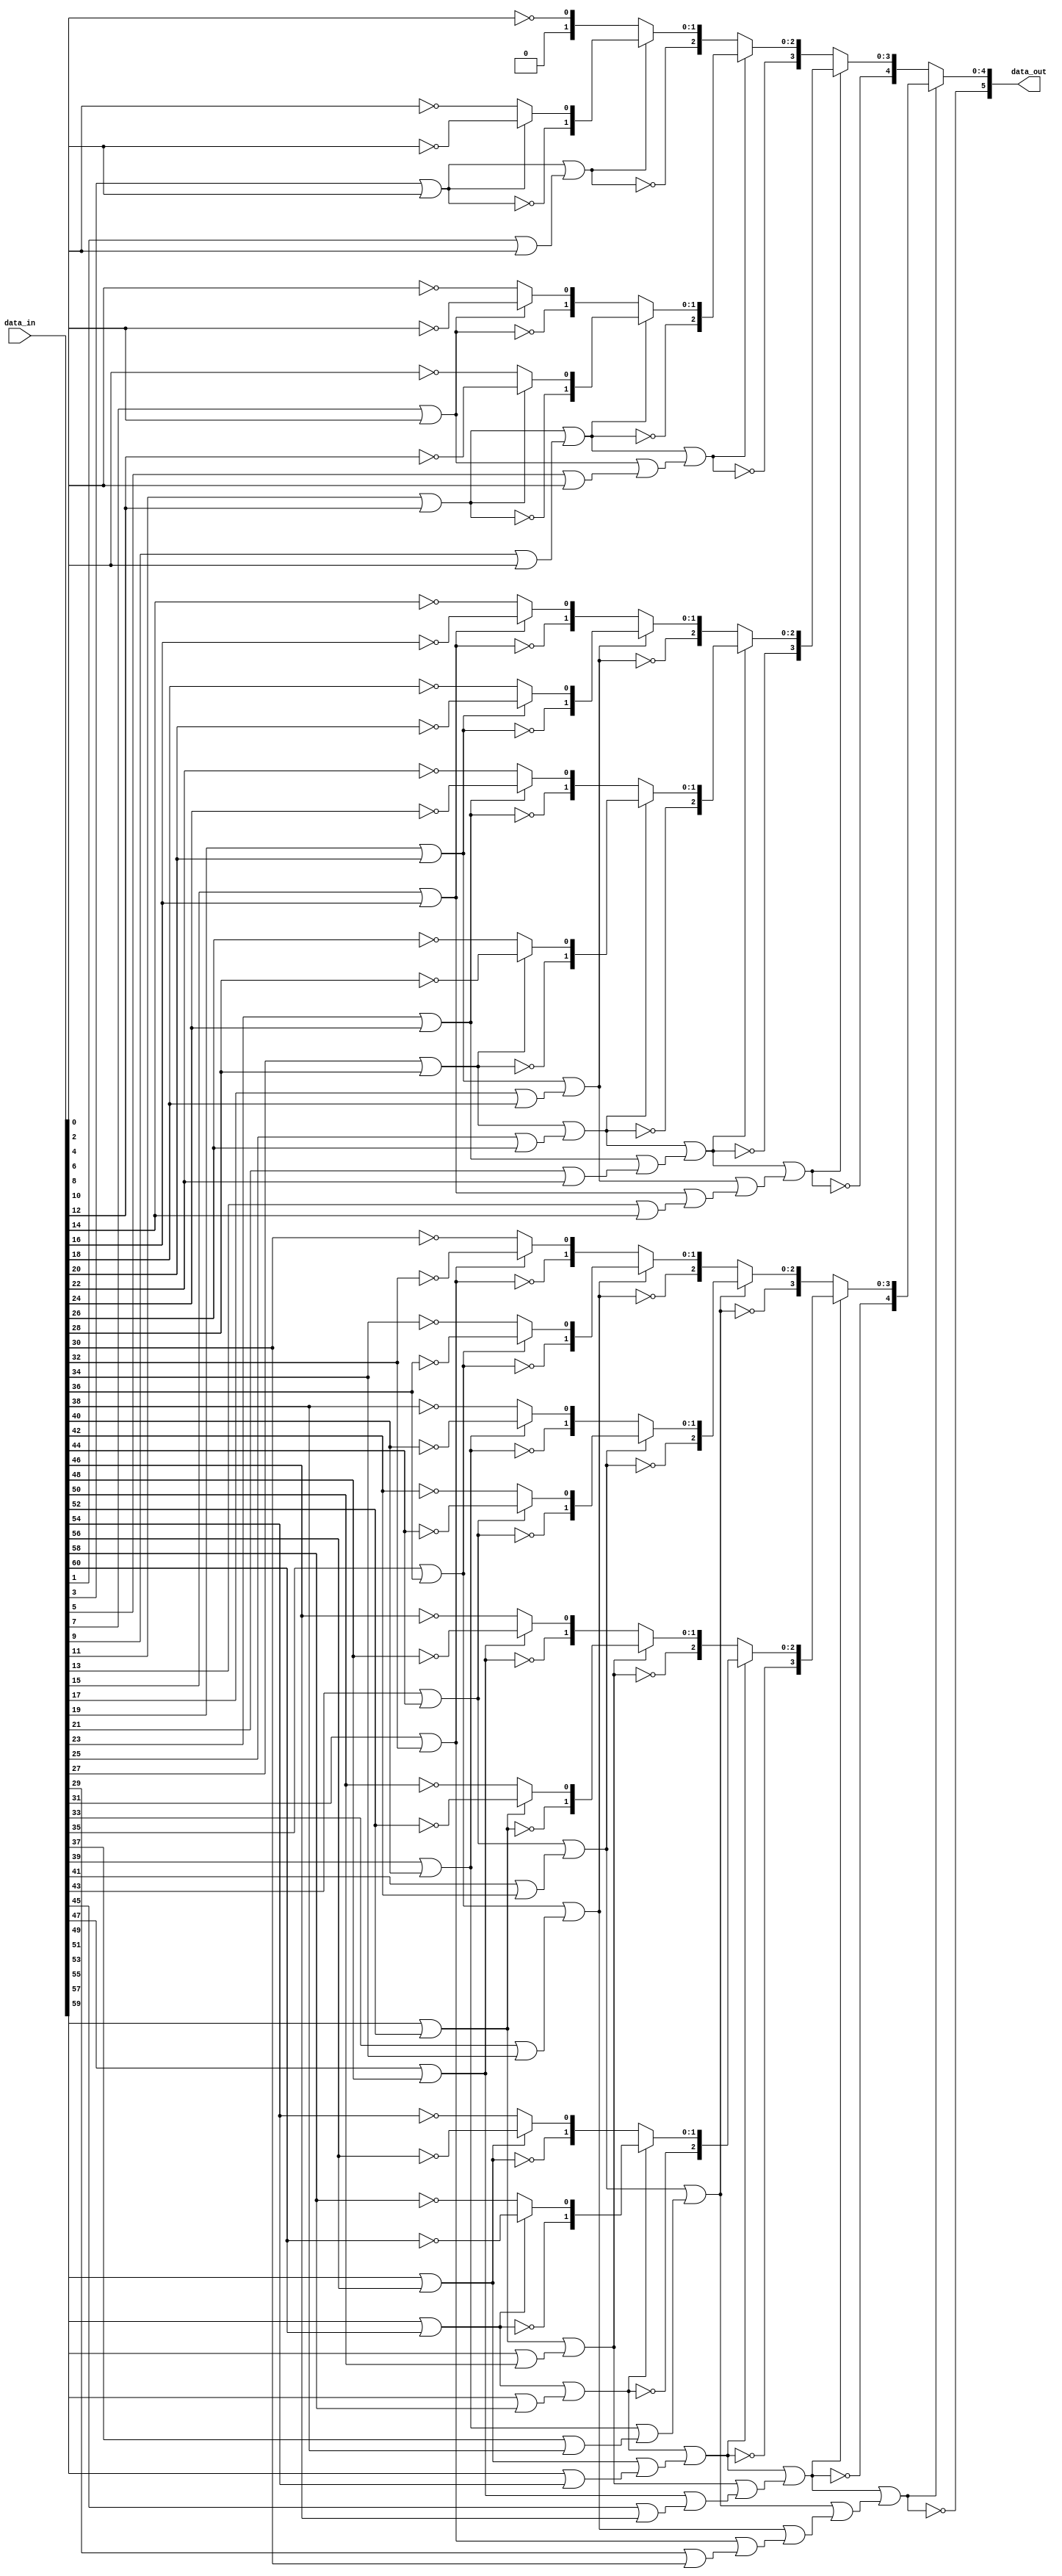

module gng_lzd (
    // Data interface
    input [60:0] data_in,        // input data
    output [5:0] data_out        // output number of leading zeros
);

// Local variables
wire [63:0] d;
wire p1 [31:0];
wire [31:0] v1;
wire [1:0] p2 [15:0];
wire [15:0] v2;
wire [2:0] p3 [7:0];
wire [7:0] v3;
wire [3:0] p4 [3:0];
wire [3:0] v4;
wire [4:0] p5 [1:0];
wire [1:0] v5;
wire [5:0] p6;


// Parallel structure
assign d = {data_in, 3'b111};    // fill last 3 bits with '1'

assign p1[0 ] = ~d[1 ];
assign p1[1 ] = ~d[3 ];
assign p1[2 ] = ~d[5 ];
assign p1[3 ] = ~d[7 ];
assign p1[4 ] = ~d[9 ];
assign p1[5 ] = ~d[11];
assign p1[6 ] = ~d[13];
assign p1[7 ] = ~d[15];
assign p1[8 ] = ~d[17];
assign p1[9 ] = ~d[19];
assign p1[10] = ~d[21];
assign p1[11] = ~d[23];
assign p1[12] = ~d[25];
assign p1[13] = ~d[27];
assign p1[14] = ~d[29];
assign p1[15] = ~d[31];
assign p1[16] = ~d[33];
assign p1[17] = ~d[35];
assign p1[18] = ~d[37];
assign p1[19] = ~d[39];
assign p1[20] = ~d[41];
assign p1[21] = ~d[43];
assign p1[22] = ~d[45];
assign p1[23] = ~d[47];
assign p1[24] = ~d[49];
assign p1[25] = ~d[51];
assign p1[26] = ~d[53];
assign p1[27] = ~d[55];
assign p1[28] = ~d[57];
assign p1[29] = ~d[59];
assign p1[30] = ~d[61];
assign p1[31] = ~d[63];
assign v1[0 ] = d[0 ] | d[1 ];
assign v1[1 ] = d[2 ] | d[3 ];
assign v1[2 ] = d[4 ] | d[5 ];
assign v1[3 ] = d[6 ] | d[7 ];
assign v1[4 ] = d[8 ] | d[9 ];
assign v1[5 ] = d[10] | d[11];
assign v1[6 ] = d[12] | d[13];
assign v1[7 ] = d[14] | d[15];
assign v1[8 ] = d[16] | d[17];
assign v1[9 ] = d[18] | d[19];
assign v1[10] = d[20] | d[21];
assign v1[11] = d[22] | d[23];
assign v1[12] = d[24] | d[25];
assign v1[13] = d[26] | d[27];
assign v1[14] = d[28] | d[29];
assign v1[15] = d[30] | d[31];
assign v1[16] = d[32] | d[33];
assign v1[17] = d[34] | d[35];
assign v1[18] = d[36] | d[37];
assign v1[19] = d[38] | d[39];
assign v1[20] = d[40] | d[41];
assign v1[21] = d[42] | d[43];
assign v1[22] = d[44] | d[45];
assign v1[23] = d[46] | d[47];
assign v1[24] = d[48] | d[49];
assign v1[25] = d[50] | d[51];
assign v1[26] = d[52] | d[53];
assign v1[27] = d[54] | d[55];
assign v1[28] = d[56] | d[57];
assign v1[29] = d[58] | d[59];
assign v1[30] = d[60] | d[61];
assign v1[31] = d[62] | d[63];

assign p2[0 ] = {~v1[1 ], (v1[1 ] ? p1[1 ] : p1[0 ])};
assign p2[1 ] = {~v1[3 ], (v1[3 ] ? p1[3 ] : p1[2 ])};
assign p2[2 ] = {~v1[5 ], (v1[5 ] ? p1[5 ] : p1[4 ])};
assign p2[3 ] = {~v1[7 ], (v1[7 ] ? p1[7 ] : p1[6 ])};
assign p2[4 ] = {~v1[9 ], (v1[9 ] ? p1[9 ] : p1[8 ])};
assign p2[5 ] = {~v1[11], (v1[11] ? p1[11] : p1[10])};
assign p2[6 ] = {~v1[13], (v1[13] ? p1[13] : p1[12])};
assign p2[7 ] = {~v1[15], (v1[15] ? p1[15] : p1[14])};
assign p2[8 ] = {~v1[17], (v1[17] ? p1[17] : p1[16])};
assign p2[9 ] = {~v1[19], (v1[19] ? p1[19] : p1[18])};
assign p2[10] = {~v1[21], (v1[21] ? p1[21] : p1[20])};
assign p2[11] = {~v1[23], (v1[23] ? p1[23] : p1[22])};
assign p2[12] = {~v1[25], (v1[25] ? p1[25] : p1[24])};
assign p2[13] = {~v1[27], (v1[27] ? p1[27] : p1[26])};
assign p2[14] = {~v1[29], (v1[29] ? p1[29] : p1[28])};
assign p2[15] = {~v1[31], (v1[31] ? p1[31] : p1[30])};
assign v2[0 ] = v1[1 ] | v1[0 ];
assign v2[1 ] = v1[3 ] | v1[2 ];
assign v2[2 ] = v1[5 ] | v1[4 ];
assign v2[3 ] = v1[7 ] | v1[6 ];
assign v2[4 ] = v1[9 ] | v1[8 ];
assign v2[5 ] = v1[11] | v1[10];
assign v2[6 ] = v1[13] | v1[12];
assign v2[7 ] = v1[15] | v1[14];
assign v2[8 ] = v1[17] | v1[16];
assign v2[9 ] = v1[19] | v1[18];
assign v2[10] = v1[21] | v1[20];
assign v2[11] = v1[23] | v1[22];
assign v2[12] = v1[25] | v1[24];
assign v2[13] = v1[27] | v1[26];
assign v2[14] = v1[29] | v1[28];
assign v2[15] = v1[31] | v1[30];

assign p3[0] = {~v2[1 ], (v2[1 ] ? p2[1 ] : p2[0 ])};
assign p3[1] = {~v2[3 ], (v2[3 ] ? p2[3 ] : p2[2 ])};
assign p3[2] = {~v2[5 ], (v2[5 ] ? p2[5 ] : p2[4 ])};
assign p3[3] = {~v2[7 ], (v2[7 ] ? p2[7 ] : p2[6 ])};
assign p3[4] = {~v2[9 ], (v2[9 ] ? p2[9 ] : p2[8 ])};
assign p3[5] = {~v2[11], (v2[11] ? p2[11] : p2[10])};
assign p3[6] = {~v2[13], (v2[13] ? p2[13] : p2[12])};
assign p3[7] = {~v2[15], (v2[15] ? p2[15] : p2[14])};
assign v3[0] = v2[1 ] | v2[0 ];
assign v3[1] = v2[3 ] | v2[2 ];
assign v3[2] = v2[5 ] | v2[4 ];
assign v3[3] = v2[7 ] | v2[6 ];
assign v3[4] = v2[9 ] | v2[8 ];
assign v3[5] = v2[11] | v2[10];
assign v3[6] = v2[13] | v2[12];
assign v3[7] = v2[15] | v2[14];

assign p4[0] = {~v3[1], (v3[1] ? p3[1] : p3[0])};
assign p4[1] = {~v3[3], (v3[3] ? p3[3] : p3[2])};
assign p4[2] = {~v3[5], (v3[5] ? p3[5] : p3[4])};
assign p4[3] = {~v3[7], (v3[7] ? p3[7] : p3[6])};
assign v4[0] = v3[1] | v3[0];
assign v4[1] = v3[3] | v3[2];
assign v4[2] = v3[5] | v3[4];
assign v4[3] = v3[7] | v3[6];

assign p5[0] = {~v4[1], (v4[1] ? p4[1] : p4[0])};
assign p5[1] = {~v4[3], (v4[3] ? p4[3] : p4[2])};
assign v5[0] = v4[1] | v4[0];
assign v5[1] = v4[3] | v4[2];

assign p6 = {~v5[1], (v5[1] ? p5[1] : p5[0])};


// Output data
assign data_out = p6;


endmodule